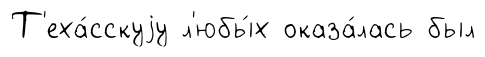
Т'еха́сскуjу л'юбы́х оказа́лась был